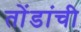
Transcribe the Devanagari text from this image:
तोंडांची